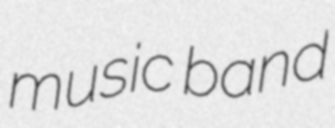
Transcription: music band